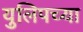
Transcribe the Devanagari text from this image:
युलिपच्या